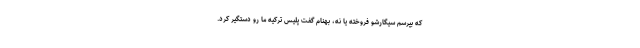
كه بپرسم سيگارشو فروخته يا نه، بهنام گفت پليس تركيه ما رو دستگير كرد.